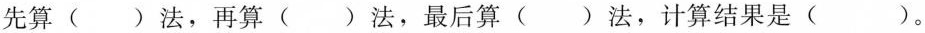
先算()法，再算()法，最后算()法，计算结果是()。